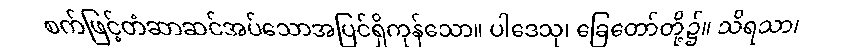
စက်ဖြင့်တံဆာဆင်အပ်သောအပြင်ရှိကုန်သော။ ပါဒေသု၊ ခြေတော်တို့၌။ သိရသာ၊